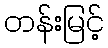
တန်းမြင့်